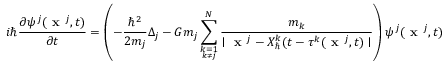
i \hbar \frac { \partial \psi ^ { j } ( \textbf { x } ^ { j } , t ) } { \partial t } = \left( - \frac { \hbar ^ { 2 } } { 2 m _ { j } } \Delta _ { j } - G m _ { j } \sum _ { \underset { k \neq j } { k = 1 } } ^ { N } \frac { m _ { k } } { \mid \textbf { x } ^ { j } - X _ { \hbar } ^ { k } ( t - \tau ^ { k } ( \textbf { x } ^ { j } , t ) \mid } \right) \psi ^ { j } ( \textbf { x } ^ { j } , t )